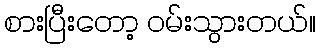
စားပြီးတော့ ဝမ်းသွားတယ်။